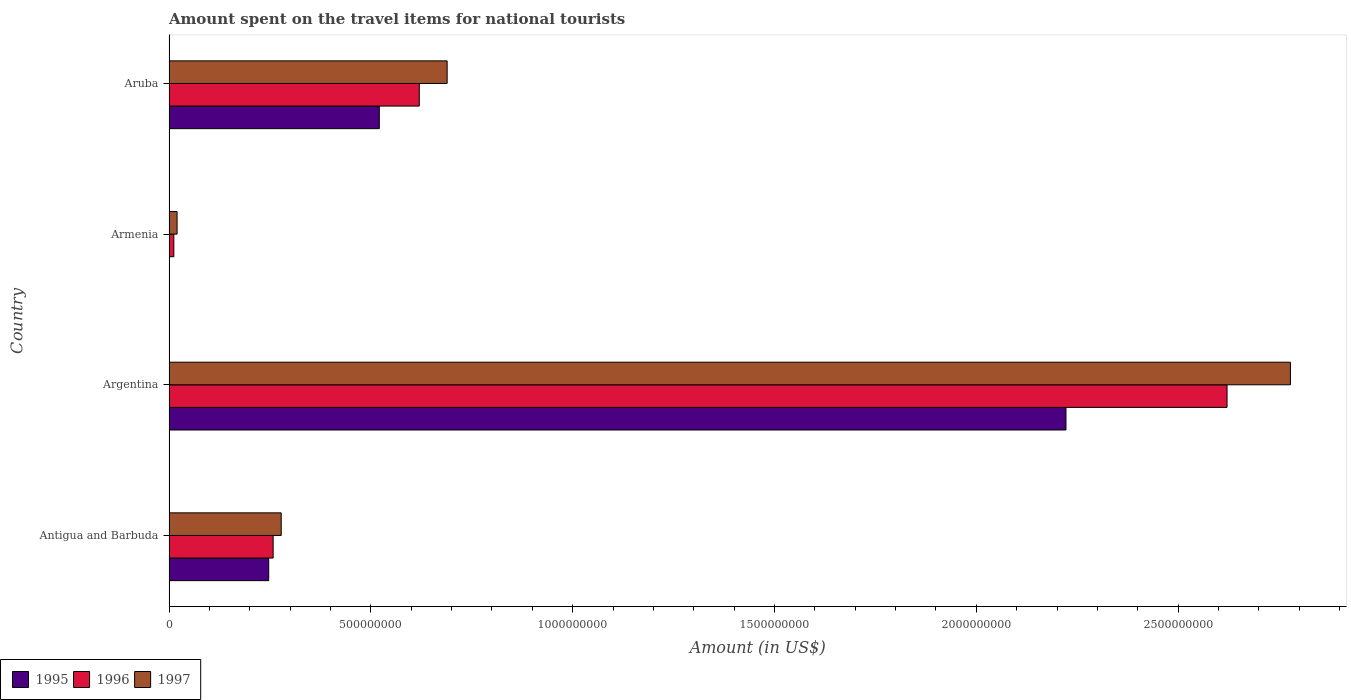
| Country | 1995 | 1996 | 1997 |
 | --- | --- | --- | --- |
 | Antigua and Barbuda | 2.47e+08 | 2.58e+08 | 2.78e+08 |
 | Argentina | 2.22e+09 | 2.62e+09 | 2.78e+09 |
 | Armenia | 1e+06 | 1.2e+07 | 2e+07 |
 | Aruba | 5.21e+08 | 6.2e+08 | 6.89e+08 |